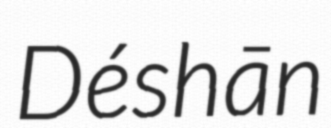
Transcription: Déshān